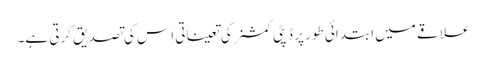
علاقے میں ابتدائی طور پر ڈپٹی کمشنر کی تعیناتی اِس کی تصدیق کرتی ہے۔